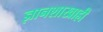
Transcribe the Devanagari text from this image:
ज्ञानशाखाही